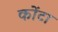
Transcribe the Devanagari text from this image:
कोंटा